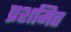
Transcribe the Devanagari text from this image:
प्रशमित